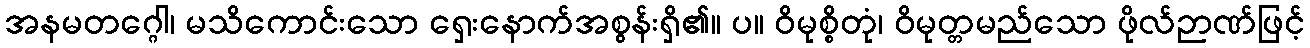
အနမတဂ္ဂေါ၊ မသိကောင်းသော ရှေးနောက်အစွန်းရှိ၏။ ပ။ ဝိမုစ္စိတုံ၊ ဝိမုတ္တမည်သော ဖိုလ်ဉာဏ်ဖြင့်